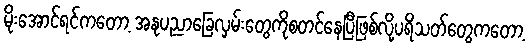
မိုးအောင်ရင်ကတော့ အနုပညာခြေလှမ်းတွေကိုစတင်နေပြီဖြစ်လို့ပရိသတ်တွေကတော့